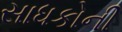
સાધકોની